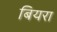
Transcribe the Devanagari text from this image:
बियरा